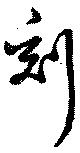
刻